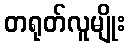
တရုတ်လူမျိုး